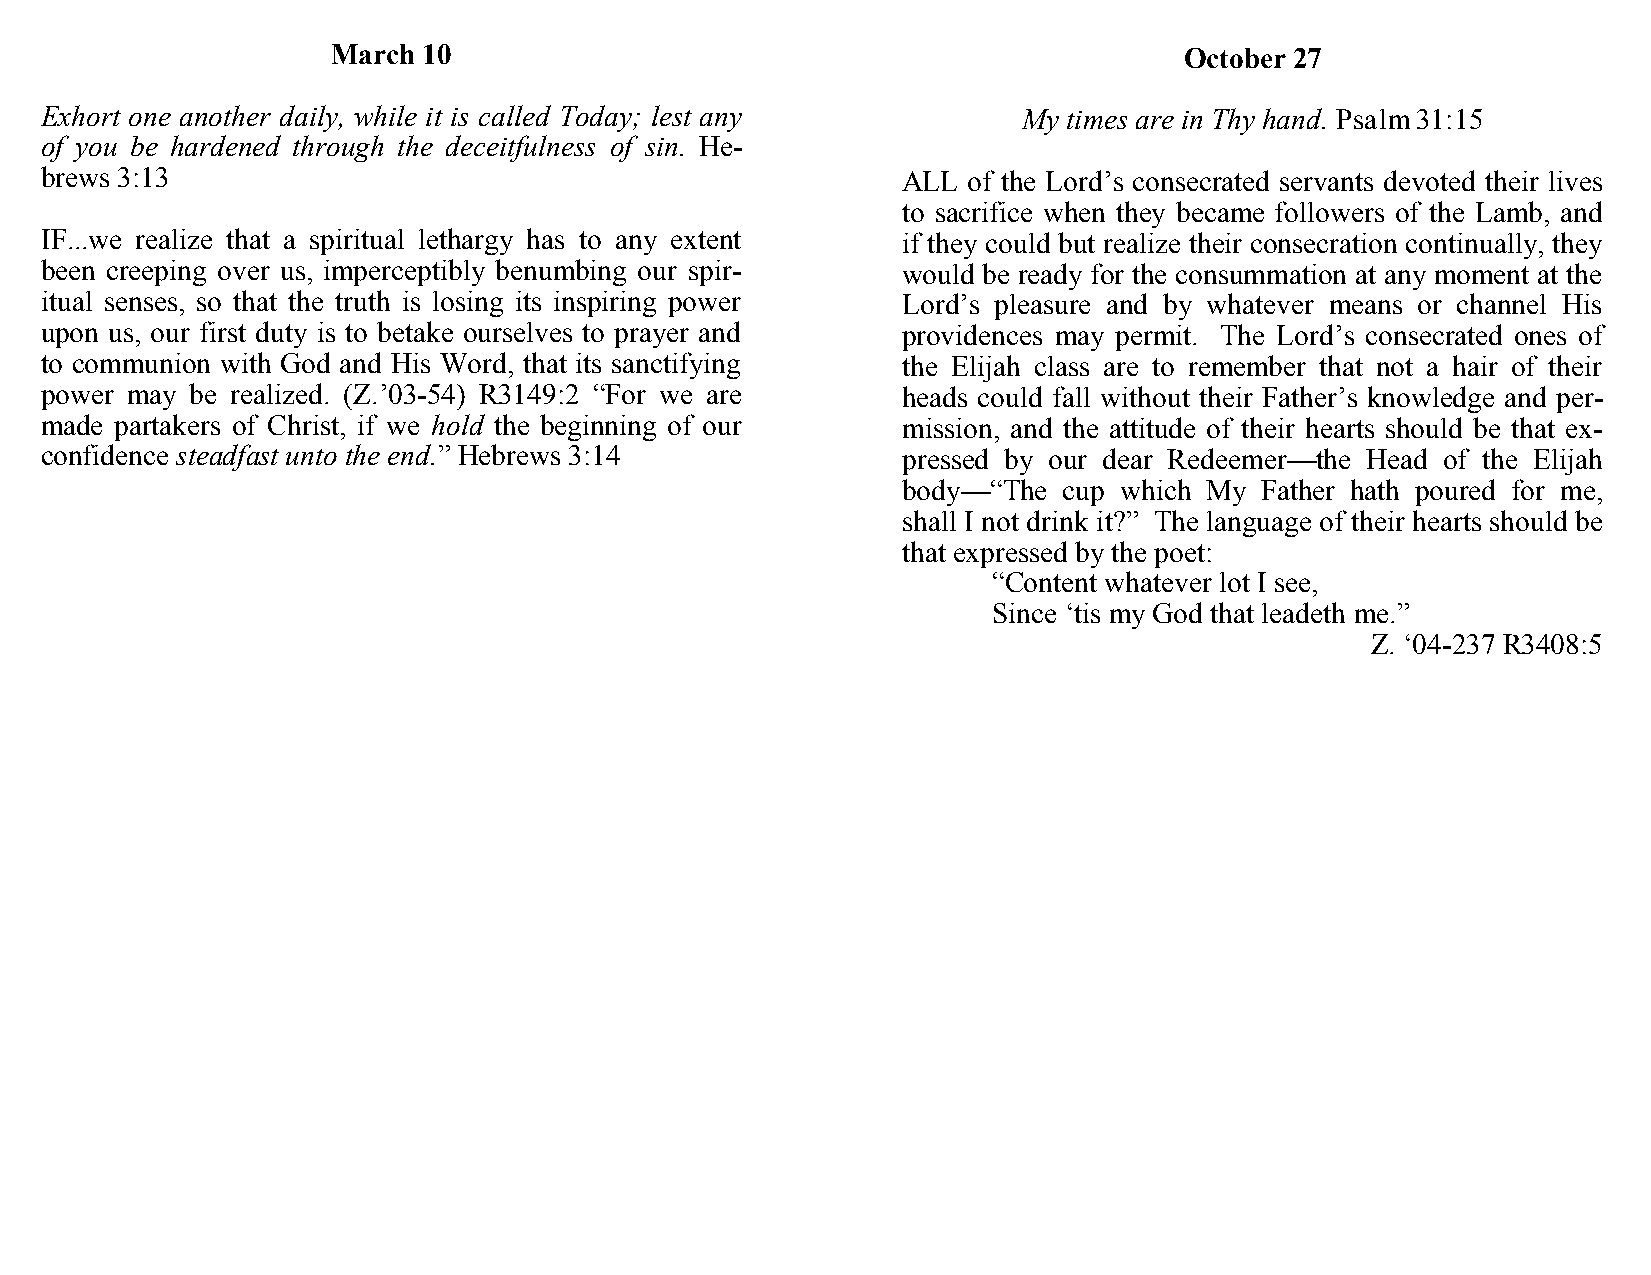
March 10                                                October 27
 Exhort one another daily, while it is called Today; lest any     My times are in Thy hand. Psalm 31:15
 of you be hardened through the deceitfulness of sin. He-
 brews 3:13                                               ALL of the Lord’s consecrated servants devoted their lives
 to sacrifice when they became followers of the Lamb, and
 IF...we realize that a spiritual lethargy has to any extent if they could but realize their consecration continually, they
 been creeping over us, imperceptibly benumbing our spir- would be ready for the consummation at any moment at the
 itual senses, so that the truth is losing its inspiring power Lord’s pleasure and by whatever means or channel His
 upon us, our first duty is to betake ourselves to prayer and providences may permit. The Lord’s consecrated ones of
 to communion with God and His Word, that its sanctifying the Elijah class are to remember that not a hair of their
 power may be realized. (Z.’03-54) R3149:2 “For we are    heads could fall without their Father’s knowledge and per-
 made partakers of Christ, if we hold the beginning of our mission, and the attitude of their hearts should be that ex-
 confidence steadfast unto the end.” Hebrews 3:14         pressed by our dear Redeemer—the Head of the Elijah
 body—“The cup which My Father hath poured for me,
 shall I not drink it?” The language of their hearts should be
 that expressed by the poet:
 “Content whatever lot I see,
 Since ‘tis my God that leadeth me.”
 Z. ‘04-237 R3408:5